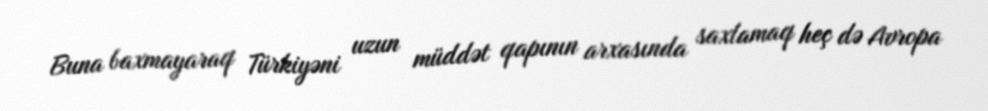
Buna baxmayaraq Türkiyəni uzun müddət qapının arxasında saxlamaq heç də Avropa